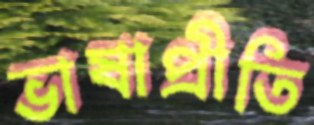
ভাষাপ্রীতি